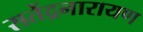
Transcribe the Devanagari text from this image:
सतेंद्रनारायण